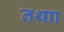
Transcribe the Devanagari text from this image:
तथाा